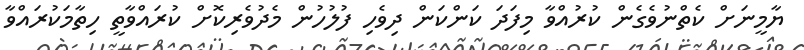
ޔާމީނަށް ކެތްނުވެގެން ކުރުއްވާ މިފަދަ ކަންކަން ދިވެހި ފުލުހުން މެދުވެރިކޮށް ކުރައްވާތީ ހިތާމަކުރައްވާ